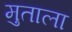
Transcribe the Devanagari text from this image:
मुताला